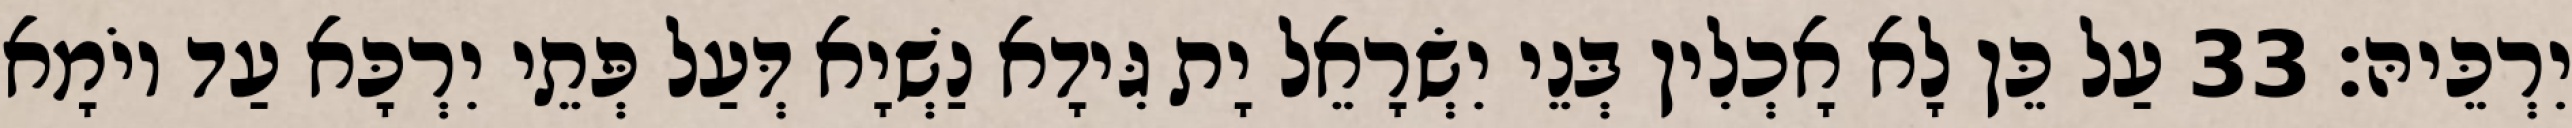
יִרְכֵּיהּ׃ 33 עַל כֵּן לָא אָכְלִין בְּנֵי יִשְׂרָאֵל יָת גִּידָא נַשְׁיָא דְּעַל פְּתֵי יִרְכָּא עַד יוֹמָא